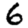
Digit: 6